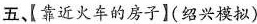
五、【靠近火车的房子】(绍兴模拟)